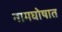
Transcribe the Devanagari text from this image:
नामघोषात